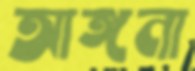
আঙ্গনা